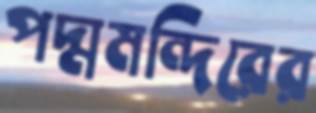
পদ্মমন্দিরের